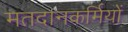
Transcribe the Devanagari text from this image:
मतदानकर्मियों